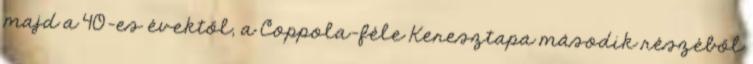
majd a 40-es évektől, a Coppola-féle Keresztapa második részéből